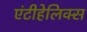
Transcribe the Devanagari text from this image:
एंटीहेलिक्स